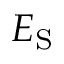
E _ { \mathrm { S } }